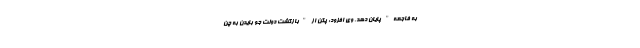
به فاجعه" پایان دهد. وی افزود: پکن از "بازگشت دولت جو بایدن به چن